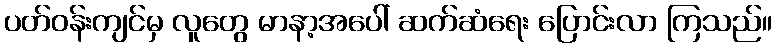
ပတ်ဝန်းကျင်မှ လူတွေ မာနာ့အပေါ် ဆက်ဆံရေး ပြောင်းလာ ကြသည်။